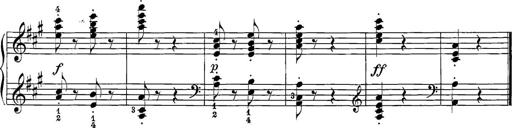
Title: 12 Sonatine per Pianoforte
Composer: Friedrich Kuhlau